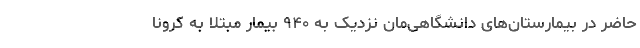
حاضر در بیمارستان‌های دانشگاهی‌مان نزدیک به ۹۴۰ بیمار مبتلا به کرونا